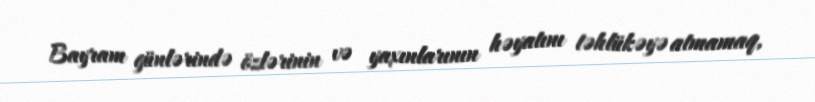
Bayram günlərində özlərinin və yaxınlarının həyatını təhlükəyə atmamaq,